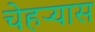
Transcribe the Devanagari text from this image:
चेहऱ्यास